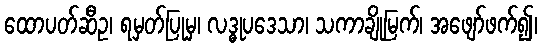
ထောပတ်ဆီဥ၊ ရမှတ်ပြုမှ၊ လဒ္ဓုပဒေသာ၊ သကာချိုမြက်၊ အဖျော်ဖက်၍၊